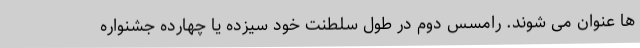
ها عنوان می شوند. رامسس دوم در طول سلطنت خود سیزده یا چهارده جشنواره